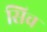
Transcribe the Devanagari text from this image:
सिच